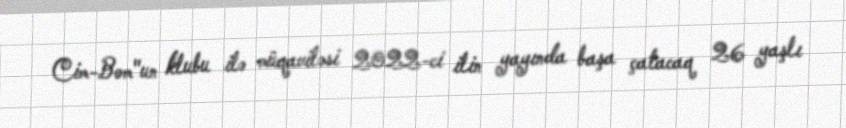
Cim-Bom"un klubu ilə müqaviləsi 2022-ci ilin yayında başa çatacaq 26 yaşlı